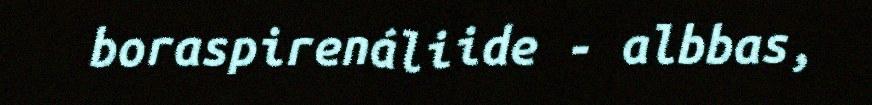
boraspirenáliide - albbas,